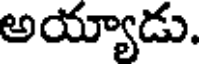
అయ్యాడు.